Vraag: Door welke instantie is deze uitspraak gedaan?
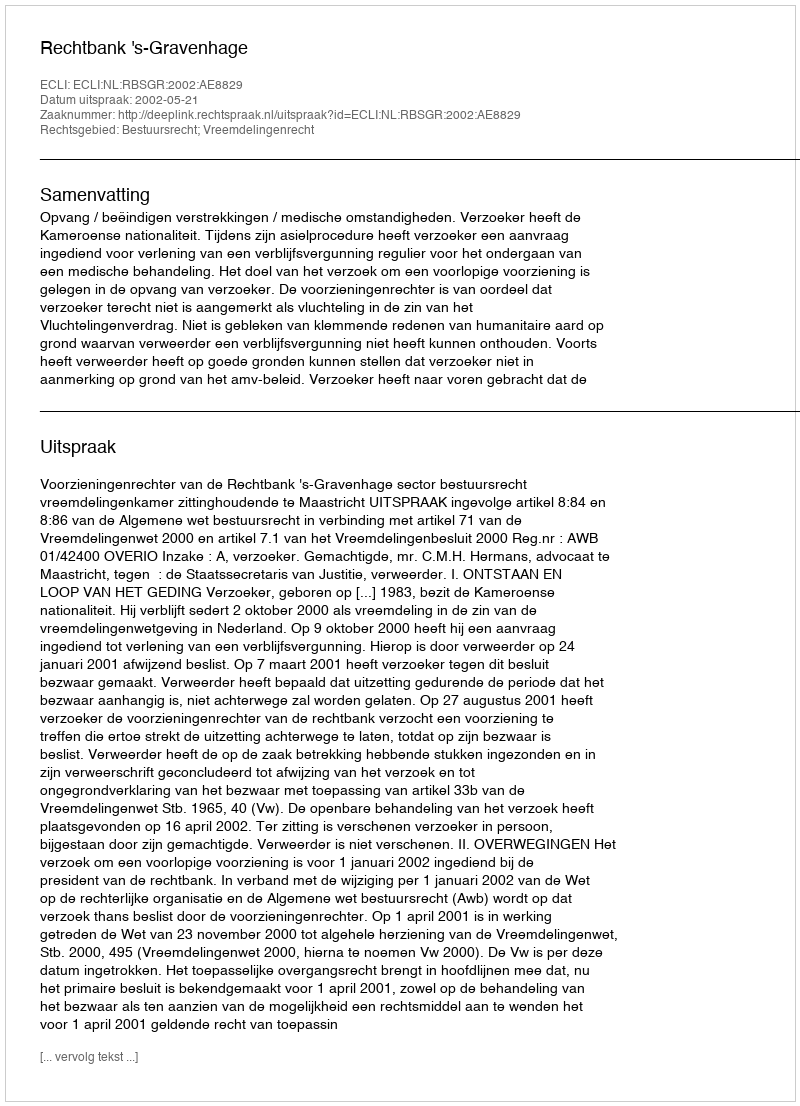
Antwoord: Rechtbank 's-Gravenhage